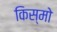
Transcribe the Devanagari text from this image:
किस्मो